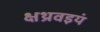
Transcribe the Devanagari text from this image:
क्षथ्रवइयं